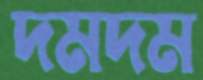
দমদম